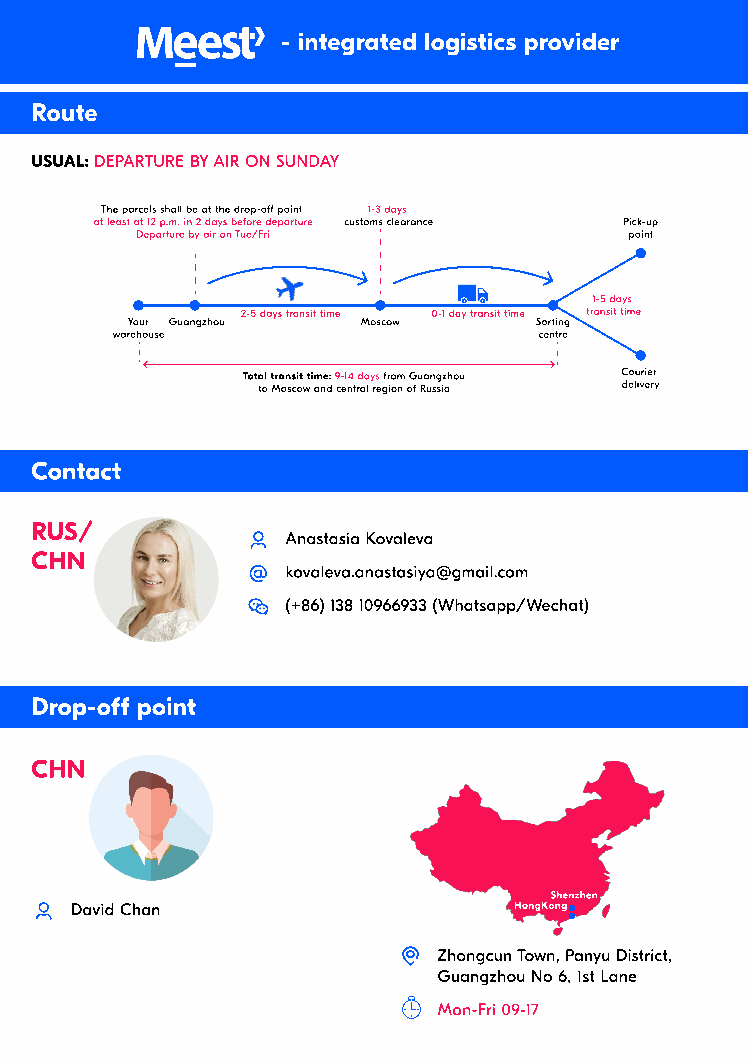
- integrated logistics provider
 Route
 usual: Departure by air on Sunday
 The parcels shall be at the drop-off point 1-3 days
 at least at 12 p.m. in 2 days before departure
 customs clearance Pick-up
 Departure by air on Tue/Fri      point
 1-5 days
 2-5 days transit time 0-1 day transit time transit time
 Your Guangzhou  Moscow     Sorting
 warehouse                    centre
 Total transit time: 9-14 days from Guangzhou Courier
 to Moscow and central region of Russia delivery
 Contact
 RUS/
 Anastasia Kovaleva
 CHN
 kovaleva.anastasiya@gmail.com 
 (+86) 138 10966933 (Whatsapp/Wechat)
 Drop-off point
 CHN
 Shenzhen
 David Chan
 HongKong
 Zhongcun Town, Panyu District,
 Guangzhou No 6, 1st Lane
 Mon-Fri 09-17